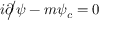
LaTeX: i { \partial \! \! \! { \big / } } \psi - m \psi _ { c } = 0